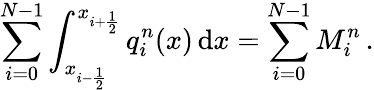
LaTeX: \sum_{i=0}^{N-1}\int_{x_{i-\frac{1}{2}}}^{x_{i+\frac{1}{2}}}q_{i}^{n}(x)\, \mathrm{d}x=\sum_{i=0}^{N-1}M_{i}^{n}\, .